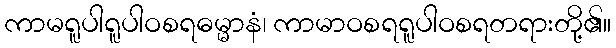
ကာမရူပါရူပါဝစရဓမ္မာနံ၊ ကာမာဝစရရူပါဝစရတရားတို့၏။